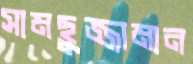
সামছুজ্জামান